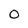
Character: 0